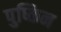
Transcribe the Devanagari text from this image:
पुष्किन